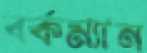
বর্কম্যান